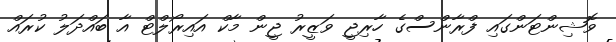
ވޮޝިންޓަންގައި ފްރާންސްގެ ހާރިޖީ ވަޒީރު ޖީން މާކް އައިރޯލްޓް އާ ބައްދަލު ކުރައް